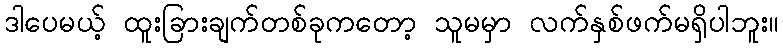
ဒါပေမယ့် ထူးခြားချက်တစ်ခုကတော့ သူမမှာ လက်နှစ်ဖက်မရှိပါဘူး။